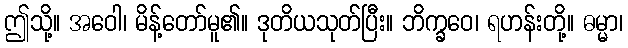
ဤသို့။ အဝေါ၊ မိန့်တော်မူ၏။ ဒုတိယသုတ်ပြီး။ ဘိက္ခဝေ၊ ရဟန်းတို့။ ဓမ္မာ၊